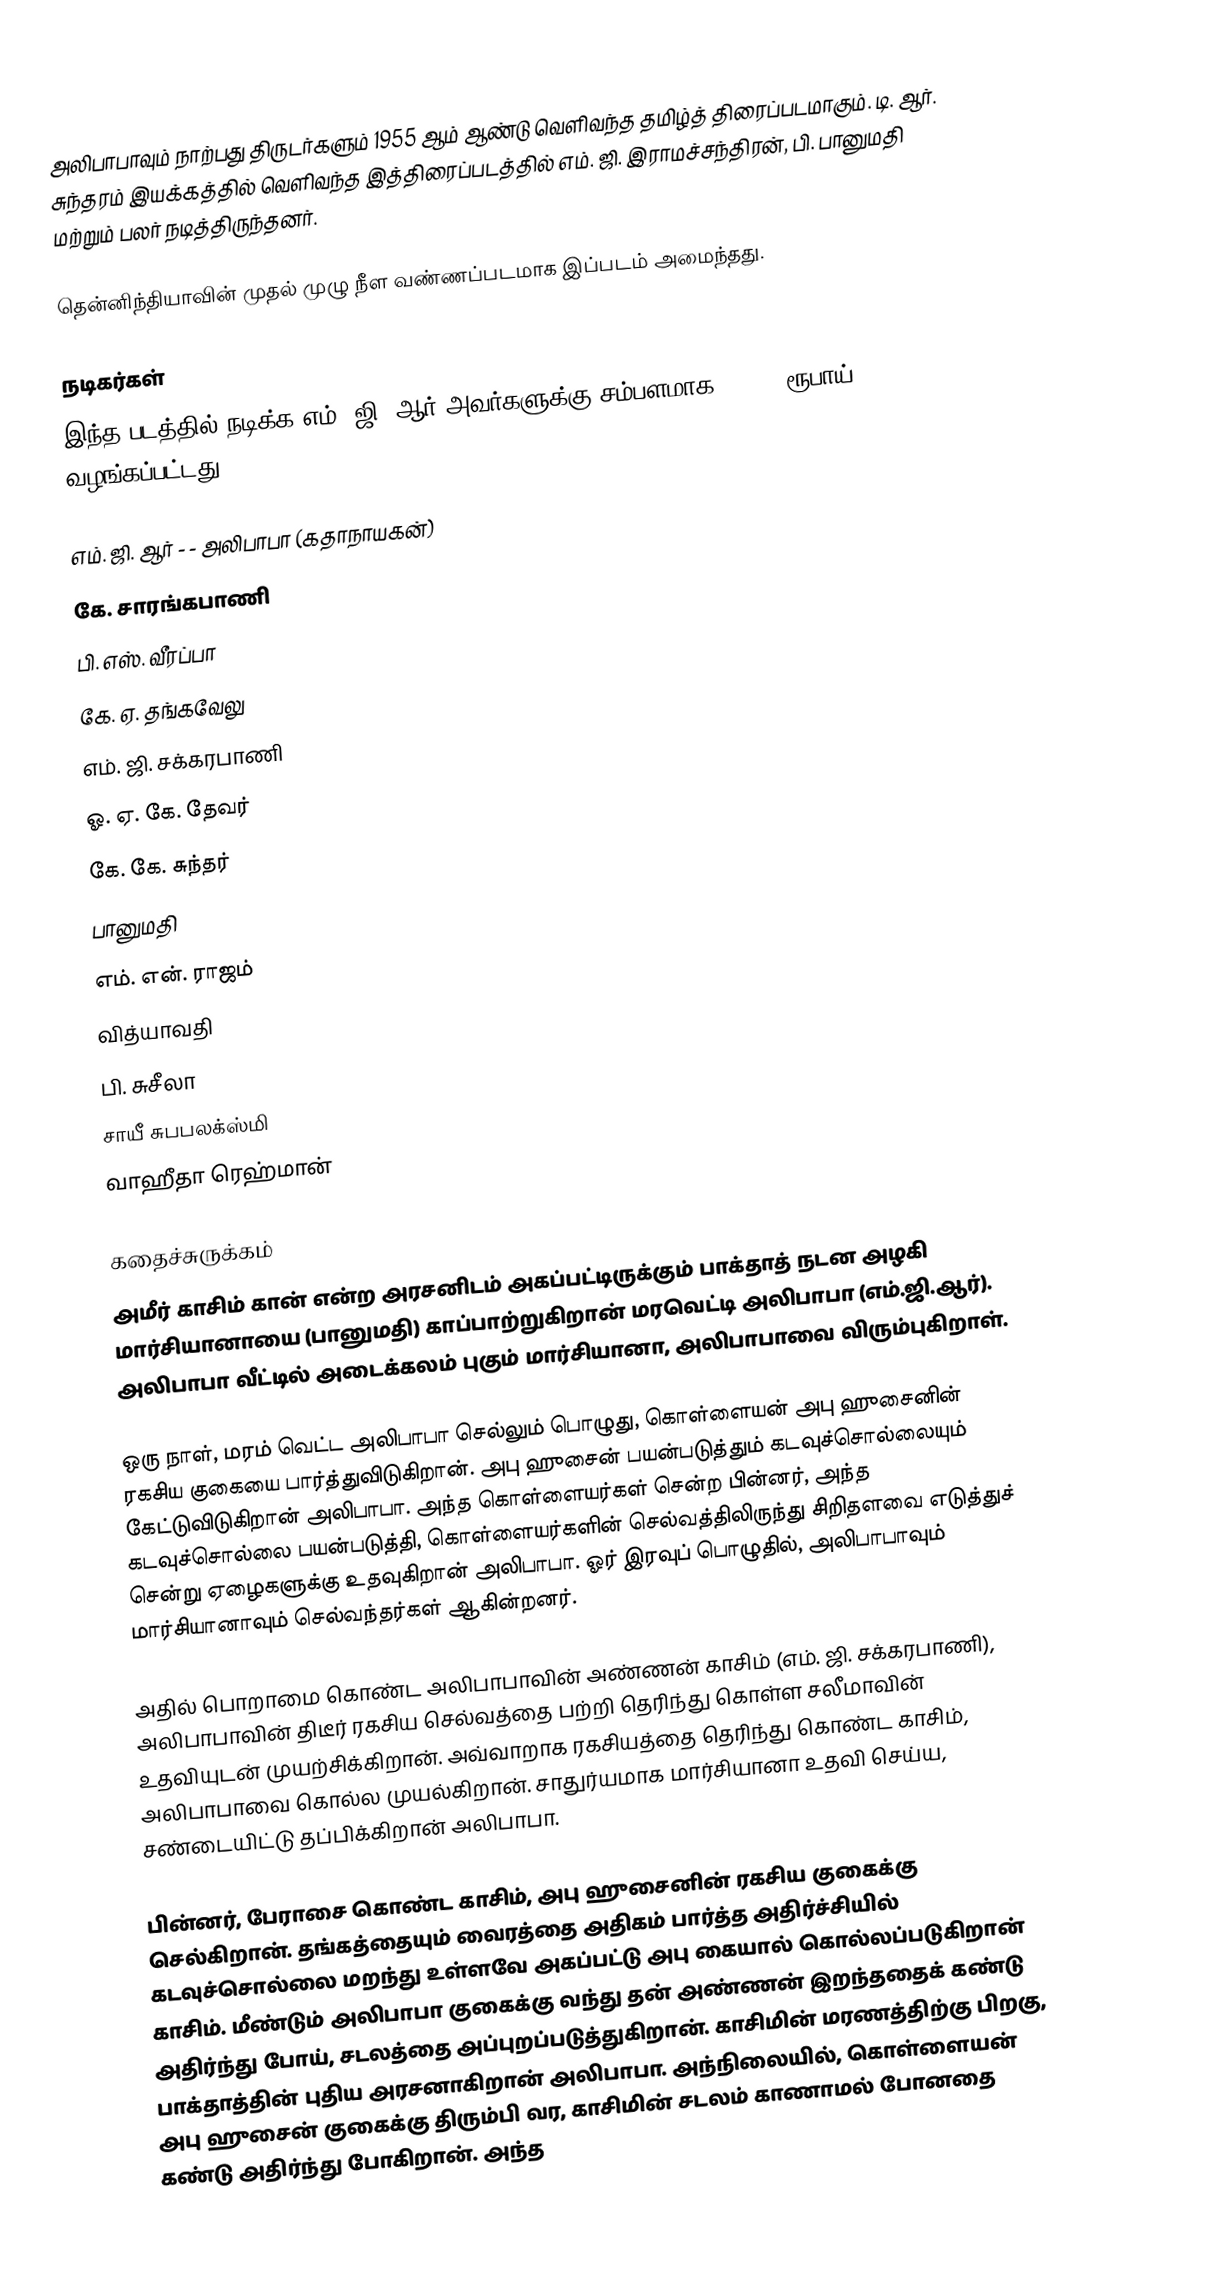
அலிபாபாவும் நாற்பது திருடர்களும் 1955 ஆம் ஆண்டு வெளிவந்த தமிழ்த் திரைப்படமாகும். டி. ஆர். சுந்தரம் இயக்கத்தில் வெளிவந்த இத்திரைப்படத்தில் எம். ஜி. இராமச்சந்திரன், பி. பானுமதி மற்றும் பலர் நடித்திருந்தனர்.

தென்னிந்தியாவின் முதல் முழு நீள வண்ணப்படமாக இப்படம் அமைந்தது.

நடிகர்கள்
இந்த படத்தில் நடிக்க எம். ஜி, ஆர் அவர்களுக்கு சம்பளமாக 12,500 ரூபாய் வழங்கப்பட்டது.

 எம். ஜி. ஆர் - - அலிபாபா (கதாநாயகன்)
 கே. சாரங்கபாணி
பி. எஸ். வீரப்பா
கே. ஏ. தங்கவேலு
எம். ஜி. சக்கரபாணி
 ஓ. ஏ. கே. தேவர்
 கே. கே. சுந்தர்
பானுமதி
 எம். என். ராஜம்
 வித்யாவதி
 பி. சுசீலா
 சாயீ சுபபலக்ஸ்மி
 வாஹீதா ரெஹ்மான்

கதைச்சுருக்கம்
அமீர் காசிம் கான் என்ற அரசனிடம் அகப்பட்டிருக்கும்  பாக்தாத் நடன அழகி மார்சியானாயை (பானுமதி) காப்பாற்றுகிறான் மரவெட்டி அலிபாபா (எம்.ஜி.ஆர்). அலிபாபா வீட்டில் அடைக்கலம் புகும் மார்சியானா, அலிபாபாவை விரும்புகிறாள்.

ஒரு நாள், மரம் வெட்ட அலிபாபா செல்லும் பொழுது, கொள்ளையன் அபு ஹுசைனின் ரகசிய குகையை பார்த்துவிடுகிறான். அபு ஹுசைன் பயன்படுத்தும் கடவுச்சொல்லையும் கேட்டுவிடுகிறான் அலிபாபா. அந்த கொள்ளையர்கள் சென்ற பின்னர், அந்த கடவுச்சொல்லை பயன்படுத்தி, கொள்ளையர்களின் செல்வத்திலிருந்து சிறிதளவை எடுத்துச் சென்று ஏழைகளுக்கு உதவுகிறான் அலிபாபா. ஓர் இரவுப் பொழுதில், அலிபாபாவும் மார்சியானாவும் செல்வந்தர்கள் ஆகின்றனர்.

அதில் பொறாமை கொண்ட அலிபாபாவின் அண்ணன் காசிம் (எம். ஜி. சக்கரபாணி), அலிபாபாவின் திடீர் ரகசிய செல்வத்தை பற்றி தெரிந்து கொள்ள சலீமாவின் உதவியுடன் முயற்சிக்கிறான். அவ்வாறாக ரகசியத்தை தெரிந்து கொண்ட காசிம், அலிபாபாவை கொல்ல முயல்கிறான். சாதுர்யமாக மார்சியானா உதவி செய்ய, சண்டையிட்டு தப்பிக்கிறான் அலிபாபா.

பின்னர், பேராசை கொண்ட காசிம், அபு ஹுசைனின் ரகசிய குகைக்கு செல்கிறான். தங்கத்தையும் வைரத்தை அதிகம் பார்த்த அதிர்ச்சியில் கடவுச்சொல்லை மறந்து உள்ளவே அகப்பட்டு அபு கையால் கொல்லப்படுகிறான் காசிம். மீண்டும் அலிபாபா குகைக்கு வந்து தன் அண்ணன் இறந்ததைக் கண்டு அதிர்ந்து போய், சடலத்தை அப்புறப்படுத்துகிறான். காசிமின் மரணத்திற்கு பிறகு, பாக்தாத்தின் புதிய அரசனாகிறான் அலிபாபா. அந்நிலையில், கொள்ளையன் அபு ஹுசைன் குகைக்கு திரும்பி வர, காசிமின் சடலம் காணாமல் போனதை கண்டு அதிர்ந்து போகிறான். அந்த